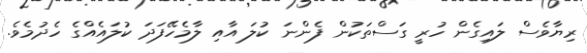
ރިޔާވެސް ލައިގެން ހުރީ ގަސްތަކުން ފެންނަ ކުލަ އާއި ލާމެހޭފަދަ ކުލައެއްގެ ހެދުމެވެ.